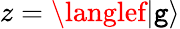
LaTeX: z=\langlef|\mathtt{g}\rangle